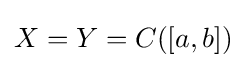
X=Y=C([a,b])